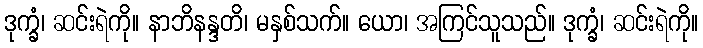
ဒုက္ခံ၊ ဆင်းရဲကို။ နာဘိနန္ဒတိ၊ မနှစ်သက်။ ယော၊ အကြင်သူသည်။ ဒုက္ခံ၊ ဆင်းရဲကို။